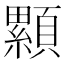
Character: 𩕃